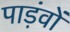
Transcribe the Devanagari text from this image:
पाड़ंवों